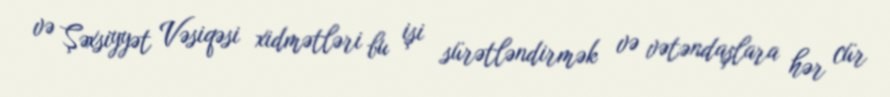
və Şəxsiyyət Vəsiqəsi xidmətləri bu işi sürətləndirmək və vətəndaşlara hər cür